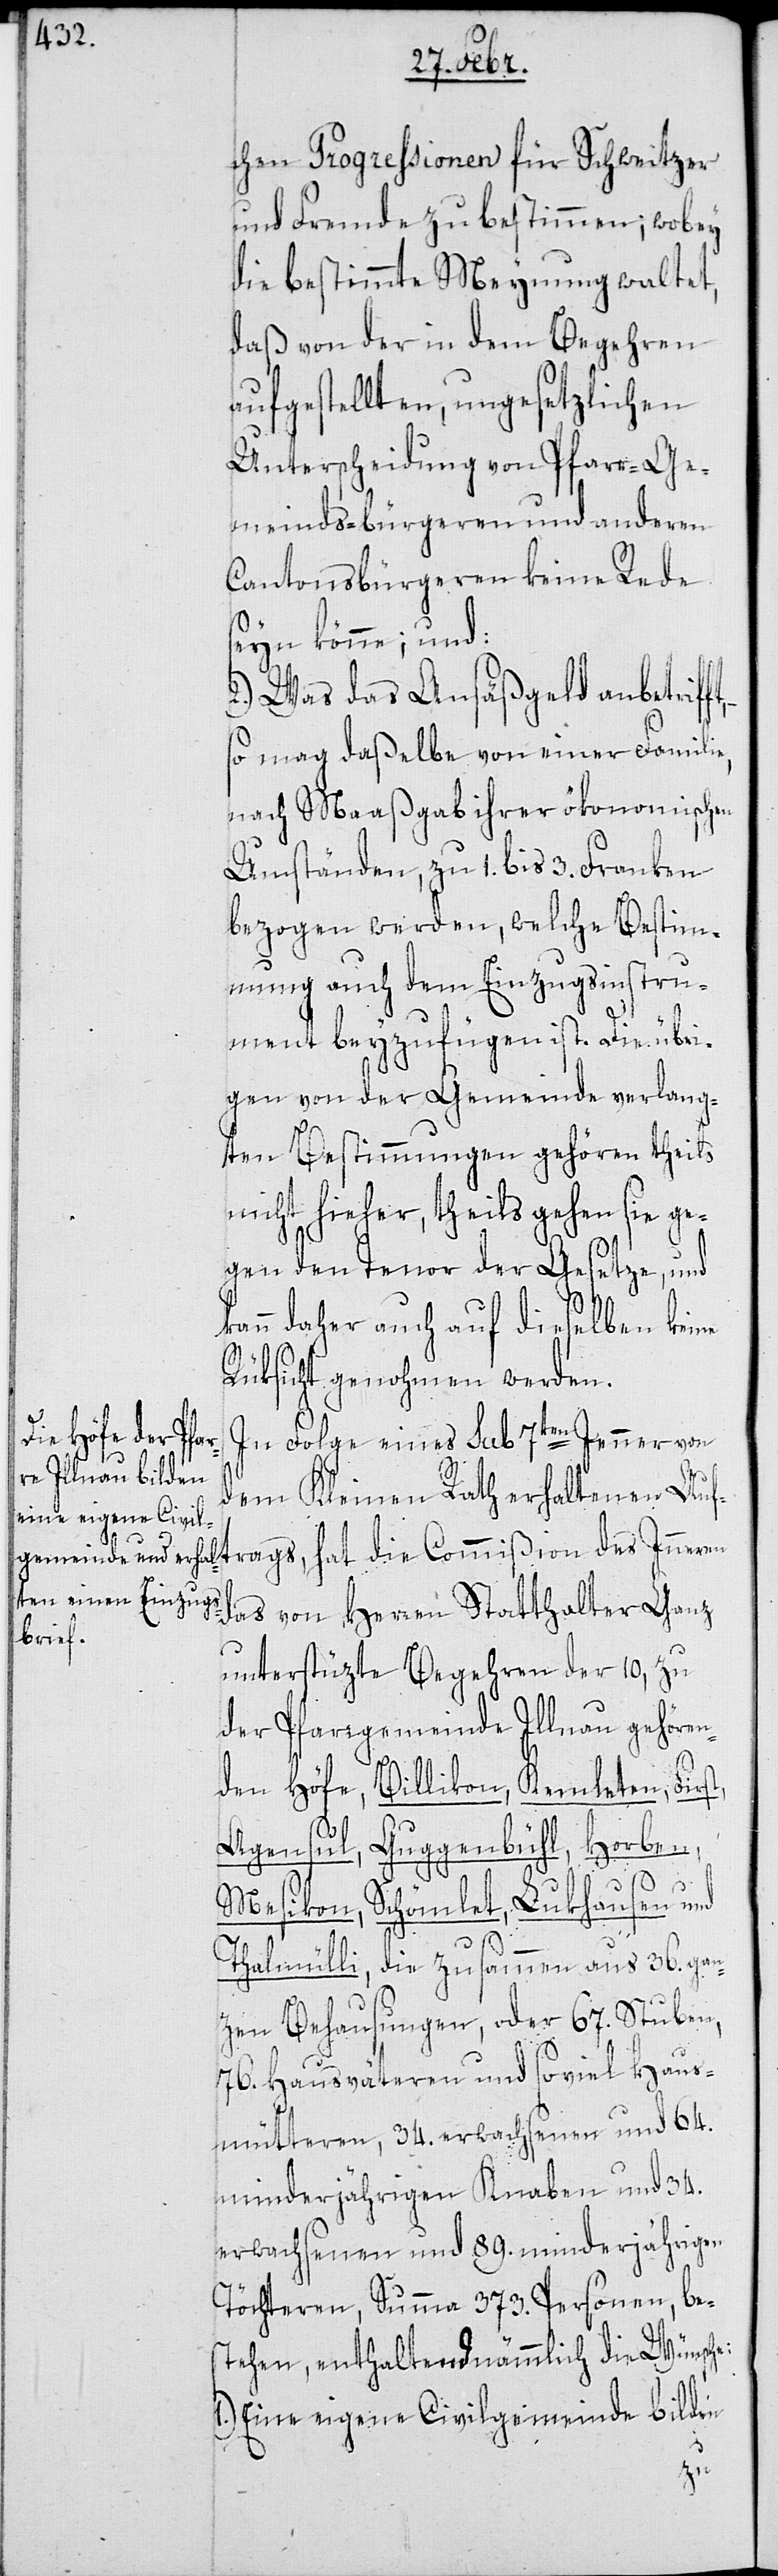
chen Progressionen für Schweitzer
und Fremde zu bestimmen; wobey
die bestimmte Meynung waltet,
daß von der in dem Begehren
aufgestellten, ungesetzlichen
Unterscheidungen von Pfarr-[,] Ge¬
meindsbürgeren und anderen
Cantonsbürgeren keine Rede
seyn könne; und:
2. Was das Ansäßgeld anbetriff¬
so mag daßelbe von einer Familie,
nach Maaßgab ihrer ökonomischen
Umstände, zu 1. bis 3. Franken
bezogen werden, welche Bestimm¬
ung auch dem Einzugsinstru¬
ment beyzufügen ist. Die übri¬
gen von der Gemeinde verlang¬
ten Bestimmungen gehören theils
nicht hieher, theils gehen sie ge¬
gen den Tenor der Gesetze, und
kann daher auch auf dieselben keine
Rüksicht genohmen werden.
In Folge eines sub 7ten Jenner von
des
dem Kleinen Rath erhaltenen Auft¬
das von Herren Statthalter Ganz
unterstüzte Begehren der 10, zu
der Pfarrgemeinde Illnau gehören¬
den Höfe Billikon, Kemleten, Firs¬
t,
Agensul, Guggenbühl, Horben,
Mesikon, Schömlet, Lukhausen und
Thalmülli, die zusammen aus 36. gan¬
zen Behausungen, oder 67. Stuben,
76. Hausväteren und soviel Haus¬
mütteren, 34. erwachsenen und 64.
minderjährigen Knaben und 34.
erwachsenen und 89. minderjährigen
Töchteren, Summa 373. Personen be¬
stehen, enthaltend nämmlich die Wünsche:
1) Eine eigene Civilgemeinde bilden